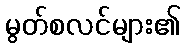
မွတ်စလင်များ၏